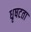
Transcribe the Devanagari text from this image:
धृषटता